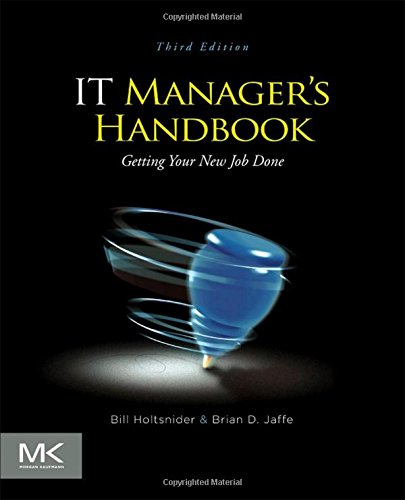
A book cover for IT Manager's Handbook, Third Edition: Getting your new job done; Bill Holtsnider; Computers & Technology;